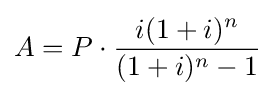
A=P\cdot {\frac {i(1+i)^{n}}{(1+i)^{n}-1}}